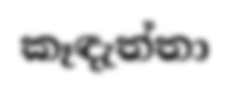
කෑඳැත්තා